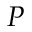
P